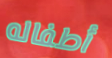
أطفاله